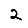
Digit: 2